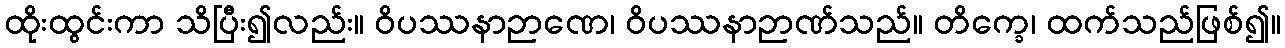
ထိုးထွင်းကာ သိပြီး၍လည်း။ ဝိပဿနာဉာဏေ၊ ဝိပဿနာဉာဏ်သည်။ တိက္ခေ၊ ထက်သည်ဖြစ်၍။